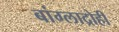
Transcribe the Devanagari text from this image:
बांग्लाद्रोही